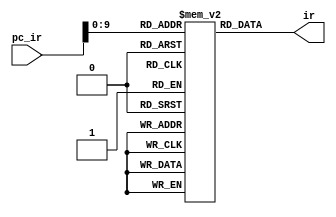
module IR_MEM (pc_ir,ir);
input [31:0] pc_ir;
output reg [31:0]ir;
reg [31:0] IR_MEM [0:1023];

 integer i;
    initial begin
        for(i = 0; i <=1023; i = i + 1) begin
			IR_MEM[i] = 0;
		end
    end
	 
always @(pc_ir)
begin
ir=IR_MEM[pc_ir];
end

initial 
begin

IR_MEM[0]={7'b0000000,5'b00001,5'b00111,3'b000,5'b00111,7'b0110011};// add 
IR_MEM[1]={7'b1111111,5'b00111,5'b00011,3'b001,5'b11111,7'b1100011};


//IR_MEM[1]={7'b0100000,5'b00010,5'b00001,3'b000,5'b00101,7'b0110011};// sub 
//IR_MEM[2]={7'b0000000,5'b00011,5'b00111,3'b000,5'b00001,7'b0110011};// add 

//IR_MEM[0]={7'b0000000,5'b00110,5'b00100,3'b110,5'b00001,7'b0110011};// or r1,r4,r6
//IR_MEM[1]={7'b0100000,5'b00100,5'b00110,3'b111,5'b00010,7'b0110011};// and r2,r6,r4

//IR_MEM[0]={7'b0000000,5'b00111,5'b00100,3'b000,5'b00001,7'b0010011};// addi r1,r4,7
//IR_MEM[1]={7'b0000000,5'b00011,5'b00111,3'b111,5'b00010,7'b0010011};// andi r2,r7,3

//IR_MEM[0]={7'b0000000,5'b00100,5'b00000,3'b000,5'b00001,7'b0100011};// sb r4,01(r0)
//IR_MEM[0]={7'b0000000,5'b00011,5'b00000,3'b010,5'b00010,7'b0100011};// sw r7,02(r0)

//IR_MEM[0]={7'b0000000,5'b00001,5'b00000,3'b001,5'b00110,7'b0000011};// lw r6,1(r0)
//IR_MEM[1]={7'b0000000,5'b00010,5'b00000,3'b000,5'b00111,7'b0000011};// lb r7,2(r0)




/*
IR_MEM[0]={7'b0000000,5'b00111,5'b00000,3'b000,5'b00110,7'b0010011};// addi r6,r0,7
IR_MEM[1]={7'b0000000,5'b00011,5'b00000,3'b000,5'b00111,7'b0010011};// addi r7,r0,3
IR_MEM[2]={7'b0000000,5'b00000,5'b00000,3'b110,5'b00101,7'b0110011};// dummy instruction
IR_MEM[3]={7'b0000000,5'b00000,5'b00000,3'b110,5'b00101,7'b0110011};// dummy instruction
IR_MEM[4]={7'b0000000,5'b00110,5'b00111,3'b000,5'b00001,7'b0110011};// add r1,r6,r7
*/


//IR_MEM[0]={7'b0000000,5'b00100,5'b00000,3'b010,5'b00001,7'b0100011};
//IR_MEM[1]={7'b0000000,5'b00000,5'b00000,3'b000,5'b00001,7'b1101111};
/*
IR_MEM[0]={7'b0000000,5'b01010,5'b00100,3'b000,5'b00011,7'b0010011};// addi 
IR_MEM[1]={7'b0000000,5'b00111,5'b00110,3'b000,5'b00101,7'b0110011};// add
*/
/*
IR_MEM[2]={7'b1111111,5'b10000,5'b00000,3'b000,5'b00011,7'b0010011};// addi r3,ff0(r0)
IR_MEM[3]={7'b0000000,5'b00001,5'b00001,3'b000,5'b00001,7'b0010011};// addi r3,ff0(r0)
IR_MEM[6]={7'b0000000,5'b01111,5'b00000,3'b000,5'b00110,7'b0010011};// addi r2,00f(r0)
IR_MEM[7]={7'b0000000,5'b01011,5'b00000,3'b000,5'b00111,7'b0010011};// addi r2,00f(r0)
*/
//IR_MEM[4]={7'b1111111,5'b00000,5'b00000,3'b000,5'b11101,7'b1100011};// addi r4,f(r0)

//IR_MEM[5]={  7'b0000000,5'b00001,5'b00001,3'b000,5'b00001,7'b0010011};// addi r3,ff0(r0)
//IR_MEM[5]={7'b0000000,5'b00001,5'b00000,3'b010,5'b00001,7'b0100011};// sw r1,05(r0)
//IR_MEM[6]={7'b0000000,5'b00001,5'b00000,3'b010,5'b00010,7'b0100011};// sw r1,05(r0)
//IR_MEM[7]={7'b0000000,5'b00100,5'b00000,3'b010,5'b00011,7'b0100011};// sw
end

endmodule